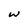
Character: W